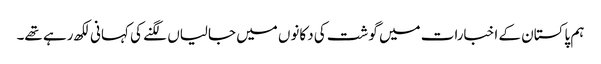
ہم پاکستان کے اخبارات میں گوشت کی دکانوں میں جالیاں لگنے کی کہانی لکھ رہے تھے۔